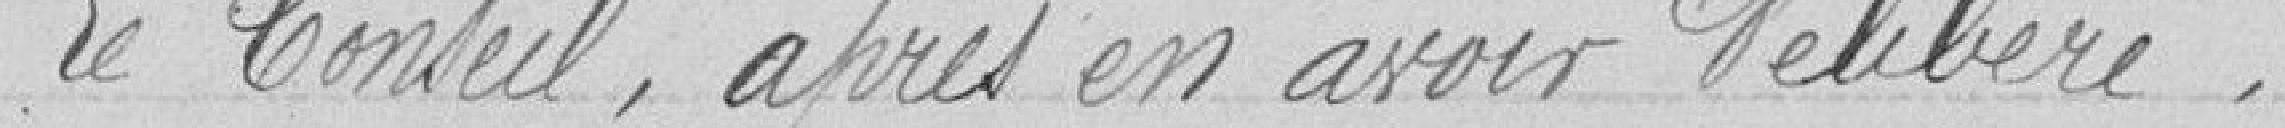
Le Conseil après en avoir délibérer,